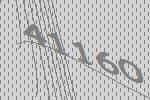
41160